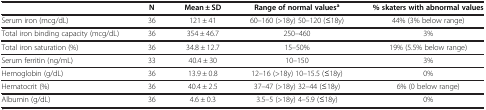
<table><thead><tr><td><b> </b></td><td><b>N</b></td><td><b>Mean ± SD</b></td><td><b>Range of normal values<sup>a</sup></b></td><td><b>% skaters with abnormal values</b></td></tr></thead><tbody><tr><td>Serum iron (mcg/dL)</td><td>36</td><td>121 ± 41</td><td>60–160 (&gt;18y) 50–120 (≤18y)</td><td>44% (3% below range)</td></tr><tr><td>Total iron binding capacity (mcg/dL)</td><td>36</td><td>354 ± 46.7</td><td>250–460</td><td>3%</td></tr><tr><td>Total iron saturation (%)</td><td>36</td><td>34.8 ± 12.7</td><td>15–50%</td><td>19% (5.5% below range)</td></tr><tr><td>Serum ferritin (ng/mL)</td><td>33</td><td>40.4 ± 30</td><td>10–150</td><td>3%</td></tr><tr><td>Hemoglobin (g/dL)</td><td>36</td><td>13.9 ± 0.8</td><td>12–16 (&gt;18y) 10–15.5 (≤18y)</td><td>0%</td></tr><tr><td>Hematocrit (%)</td><td>36</td><td>40.4 ± 2.5</td><td>37–47 (&gt;18y) 32–44 (≤18y)</td><td>6% (0 below range)</td></tr><tr><td>Albumin (g/dL)</td><td>36</td><td>4.6 ± 0.3</td><td>3.5–5 (&gt;18y) 4–5.9 (≤18y)</td><td>0%</td></tr></tbody></table>